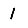
Digit: 1